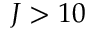
J > 1 0